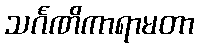
သင်္ဂဏိကာရာမတာ